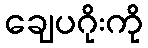
ချေပဂိုးကို